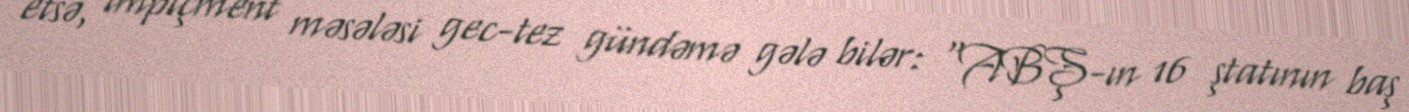
etsə, impiçment məsələsi gec-tez gündəmə gələ bilər: “ABŞ-ın 16 ştatının baş